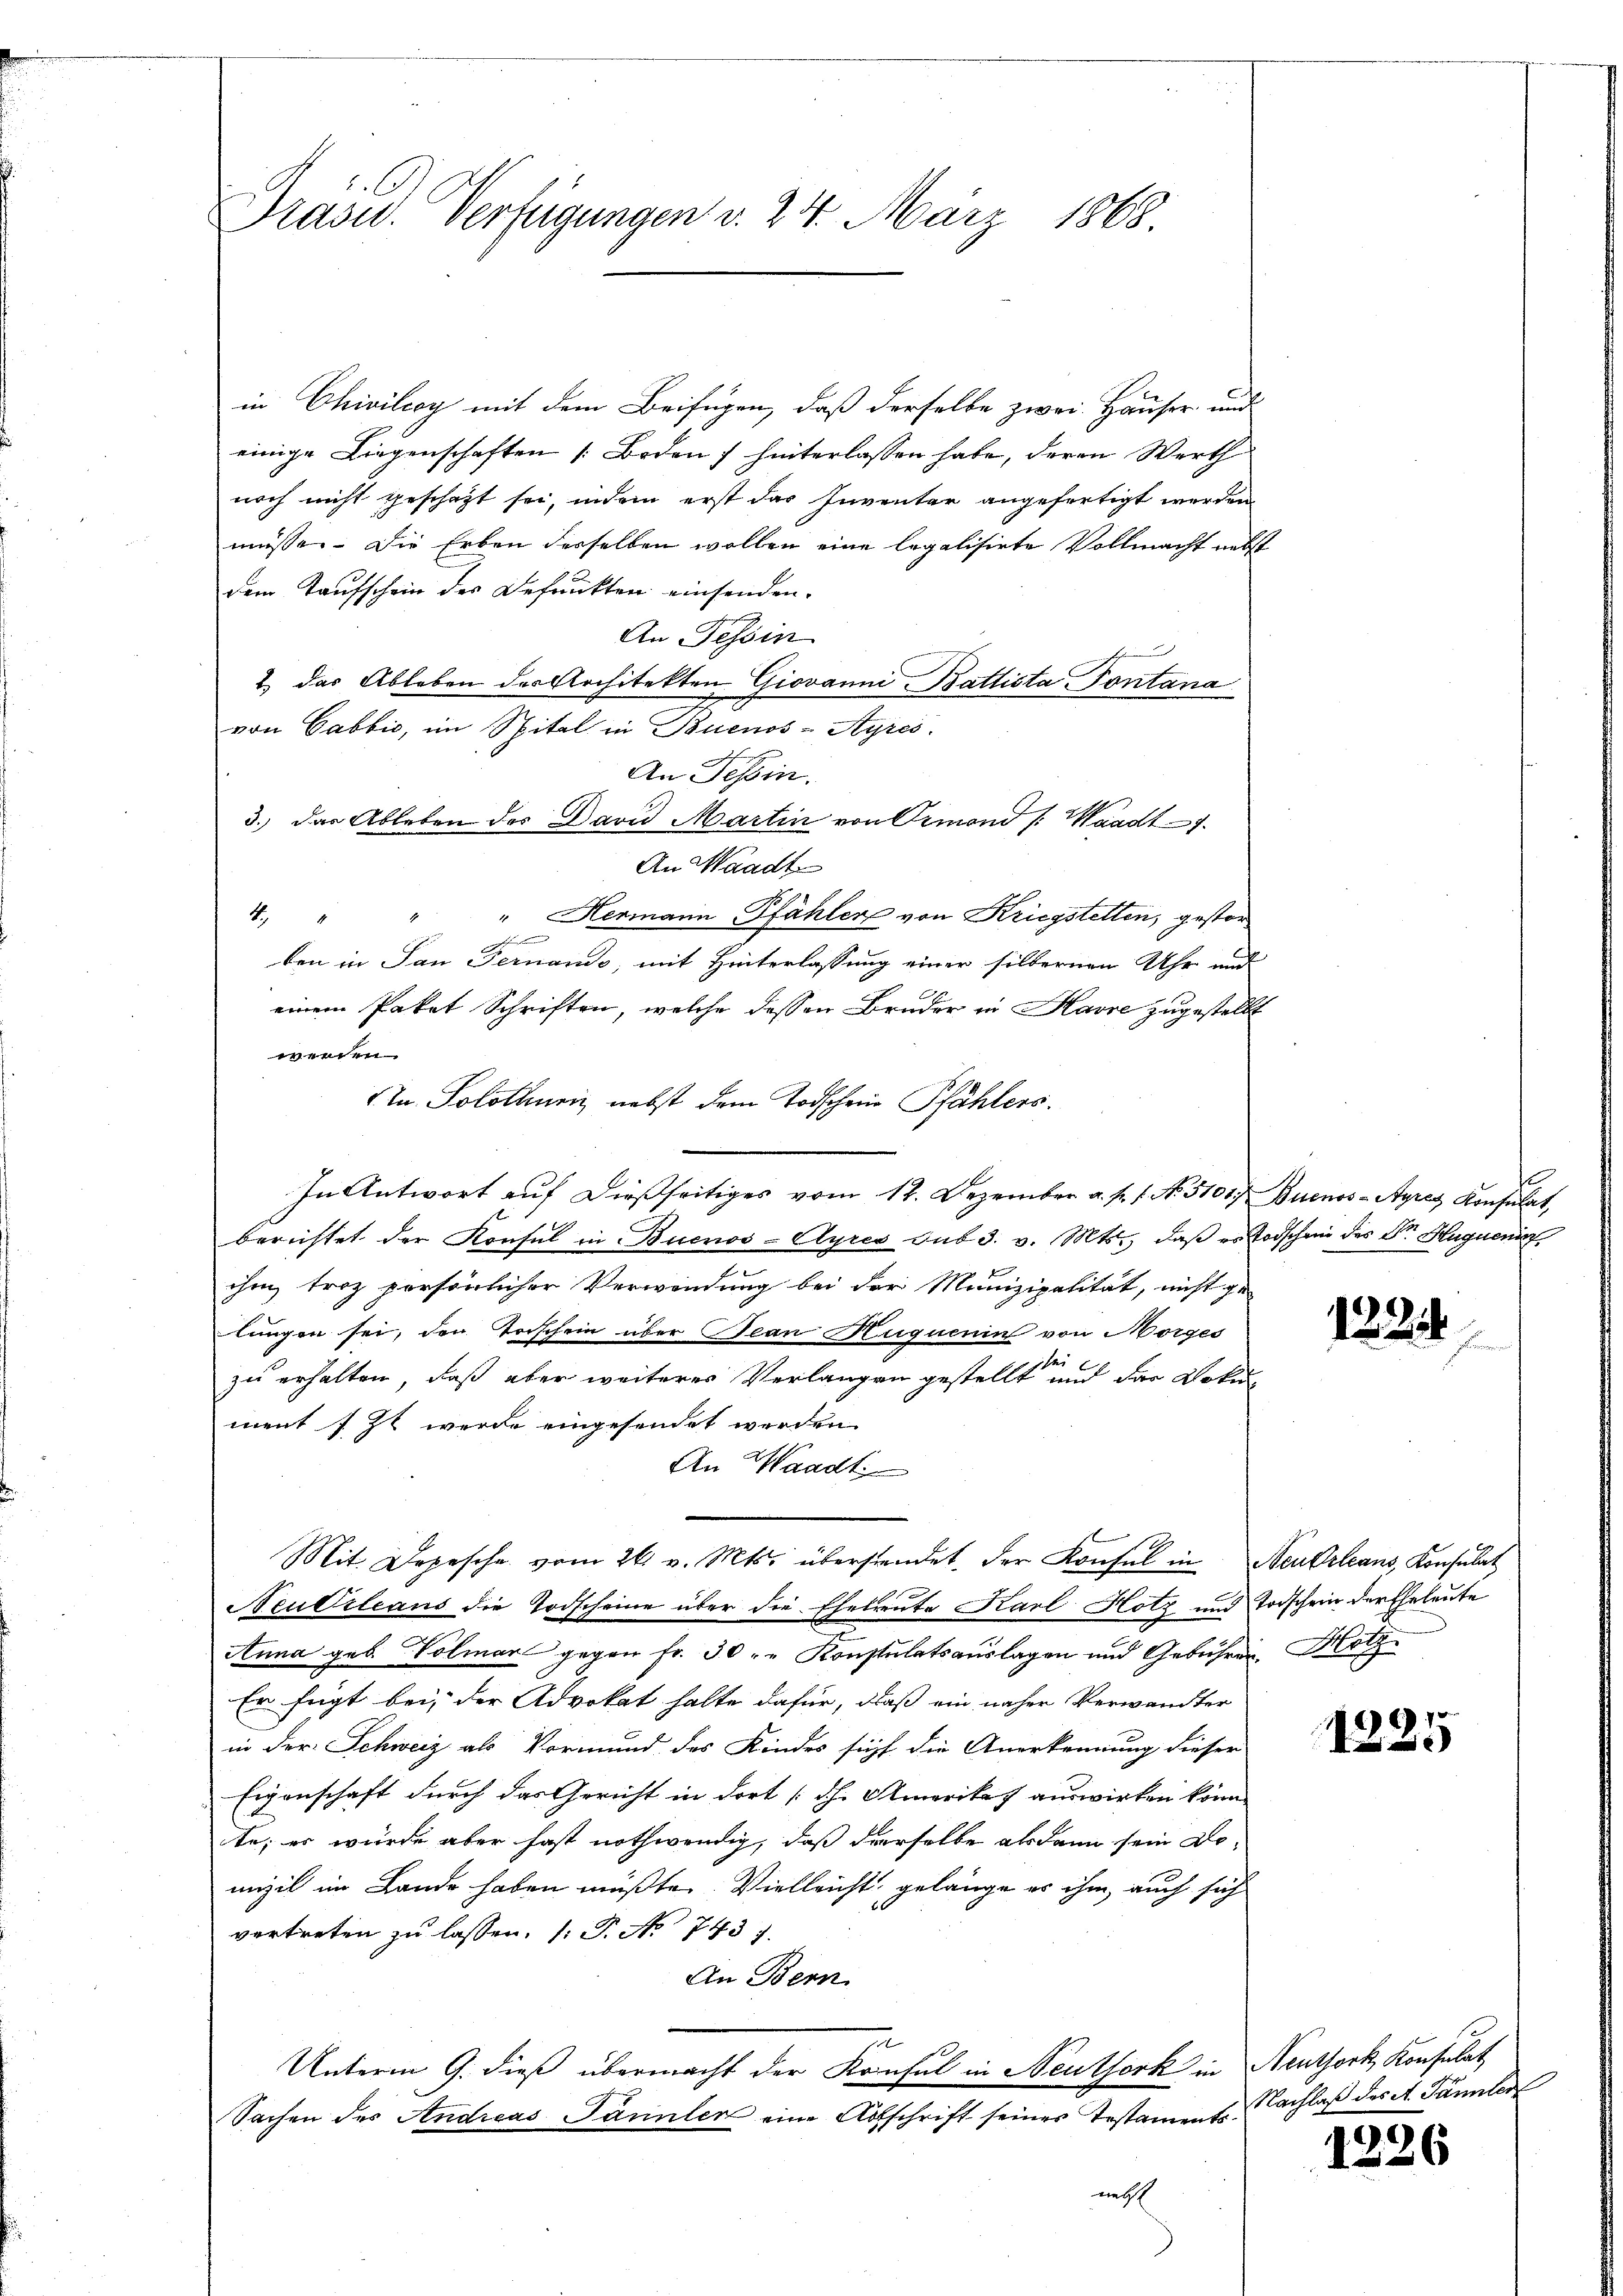
Präsid. Verfügungen v. 24. März 1863.

in Civilcoy mit dem Beifügen, daß derselbe zwei Hauser und
einige Liegenschaften [Boden) hinterlassen habe, deren Werth
noch nicht geschaft sei, indem erst das Inventar angefertigt werden
müssen. Die Erben desselben wollen eine legalisirte Vollmacht nebst
dem Taufschein der Befunkten einsenden.
An Tessin
u
2) das Ableben des Architekten Giovanni-Battista Pontana
von Cabbić, im Spital in Buenos-Ayres.
An Tessin.
3. das Ableben der David Martin von Ormond /: Waadt
An Waadt
2
" Hermann, Pfähler von Kriegstetten, gestor¬
4
sschung einen
ben in San Fernans, mit Hinterlassung einer silbernen Uhr und
einem Paket Schriften, welche dessen Bruder in Havre zugestellt
werden.
tn. Solothurn, nebst dem Todschein Pfählers.
In Antwort auf dießseitiges vom 12. Dezember a. p. 1. No. 5101/ Buenos-Ayres Konsulat,
berichtet der Konsul in Buenos-Ayres sub 3. v. Mts., daß es Todschein des Dr. Hugueni
ihm troz persönlicher Verwendung bei der Munizipalität, nicht ge-
lungen sei, den Vorschein über Bean Ruquenin von Morges
1
zu erhalten, daß aber weiteres Verlangen gestellt und der Doku
ment sit werde eingesendet werden.
An Waadt
Mit Depesche vom 26. v. Mts. überstendet, der Konsul in Neudrleans, Konsulat
Neudrleans die Todscheine über die Eheleute Karl Hotz und Todschein der Eheleute
Anna geb. Volmar gegen fr. 30 " " Konstulatsaŭslagen und Gebühren. Hotz
Er fügt bei, der Advokat halte dafür, daß ein näher Verwandter
in der Schweiz als Vormund des Kindes sicht die Anerkennung dieser
Eigenschaft durch das Gericht in dort dh. Amerika auswirken könn
te; es würde aber fast nothwendig, daß derselbe alsdann sein Domizil im Lande haben müßte. Vielleicht gelänge er ihm auch sich
vertreten zu lassen, (: P. No 7437.
An Bern
Unterm 9. dieß übermacht der Konsul in Neuthork in Neuthork, Konsulat
Sachen des Andreas Tannler eine Abschrift seines Testaments
neth

122

1225

Nachlaß des A. Fänler

1226